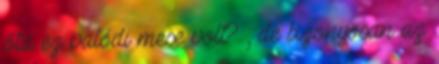
óta ez valódi mese volt? , de bizonyosan az